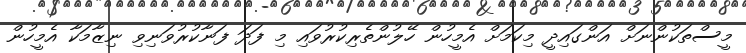
މީސްތަކުންނަށް އަންގައިދީ މިކަމަށް އެމީހުން ހޭލުންތެރިކުރުވައި މި ފަދަ ފަނާކުރުވަނިވި ނިޒާމަކާ އެމީހުން